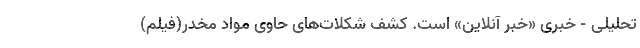
تحلیلی - خبری «خبر آنلاین» است. کشف شکلات‌های حاوی مواد مخدر(فیلم)